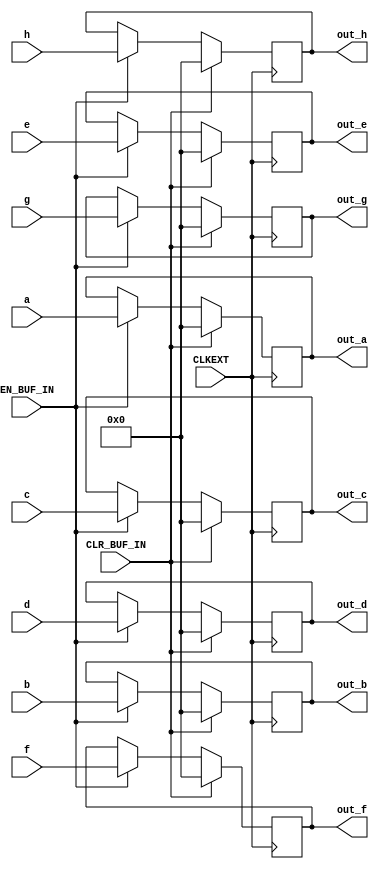
module input_buffer
(
	input EN_BUF_IN, CLR_BUF_IN, CLKEXT,
	input [7:0] a,
	input [7:0] b,
	input [7:0] c,
	input [7:0] d,
	input [7:0] e,
	input [7:0] f,
	input [7:0] g,
	input [7:0] h,
	output reg [7:0] out_a,
	output reg [7:0] out_b,
	output reg [7:0] out_c,
	output reg [7:0] out_d,
	output reg [7:0] out_e,
	output reg [7:0] out_f,
	output reg [7:0] out_g,
	output reg [7:0] out_h
);


	always @ (posedge CLKEXT) begin
	  if (CLR_BUF_IN) begin
	      out_a <= 8'b00000000;
	      out_b <= 8'b00000000;
	      out_c <= 8'b00000000;
	      out_d <= 8'b00000000;
		  out_e <= 8'b00000000;
	      out_f <= 8'b00000000;
	      out_g <= 8'b00000000;
	      out_h <= 8'b00000000;
	  end
	  
	  else begin
	    if (EN_BUF_IN) begin
	      out_a <= a;
	      out_b <= b;
	      out_c <= c;
	      out_d <= d;
		  out_e <= e;
	      out_f <= f;
	      out_g <= g;
	      out_h <= h;
	    end
	  end
	end

endmodule